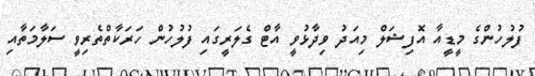
ފުލުހުންގެ މީޑީއާ އޮފިޝަލް މިއަދު ވިދާޅުވީ އާޓް ގެލަރީގައި ފުލުހުން ހަރަކާތްތެރިވީ ސަލާމަތާއި